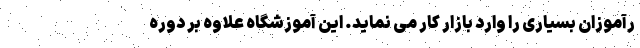
رآموزان بسیاری را وارد بازار کار می نماید. این آموزشگاه علاوه بر دوره